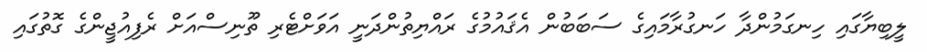
ލީބިޔާގައި ހިނގަމުންދާ ހަނގުރާމައިގެ ސަބަބުން އެޤައުމުގެ ރައްޔިތުންދަނީ އަވަށްޓެރި ތޫނިސްއަށް ރެފިއުޖީންގެ ގޮތުގައި